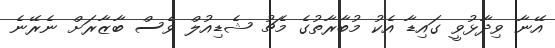
އޭނާ ވިދާޅުވީ ގައިޑާ އެކު މުބާރާތުގެ މެޗު ޝެޑިއުލް ވެސް ބާޒާރަށް ނެރޭނެ